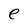
Character: e